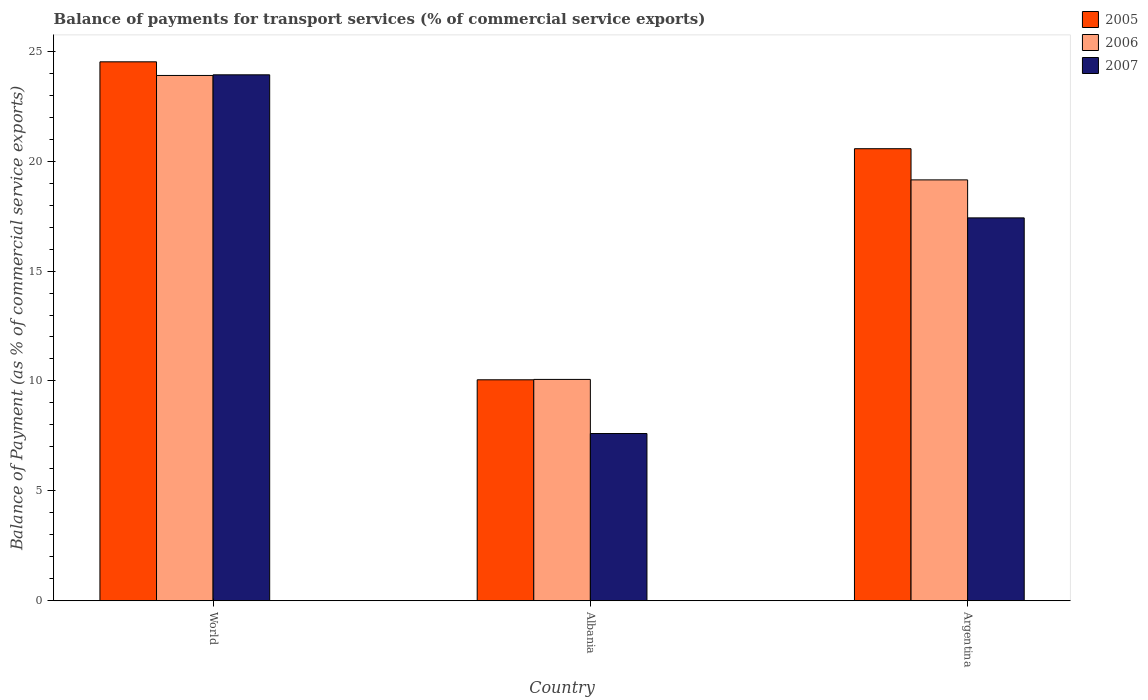
| Country | 2005 | 2006 | 2007 |
 | --- | --- | --- | --- |
 | World | 24.5 | 23.9 | 23.9 |
 | Albania | 10.1 | 10.1 | 7.61 |
 | Argentina | 20.6 | 19.1 | 17.4 |